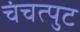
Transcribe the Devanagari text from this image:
चंचत्पुट